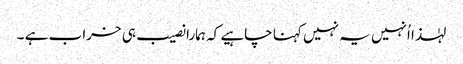
لہٰذا اُنہیں یہ نہیں کہنا چاہیے کہ ہمارا نصیب ہی خراب ہے ۔